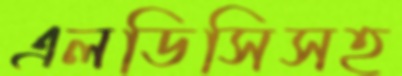
এলডিসিসহ